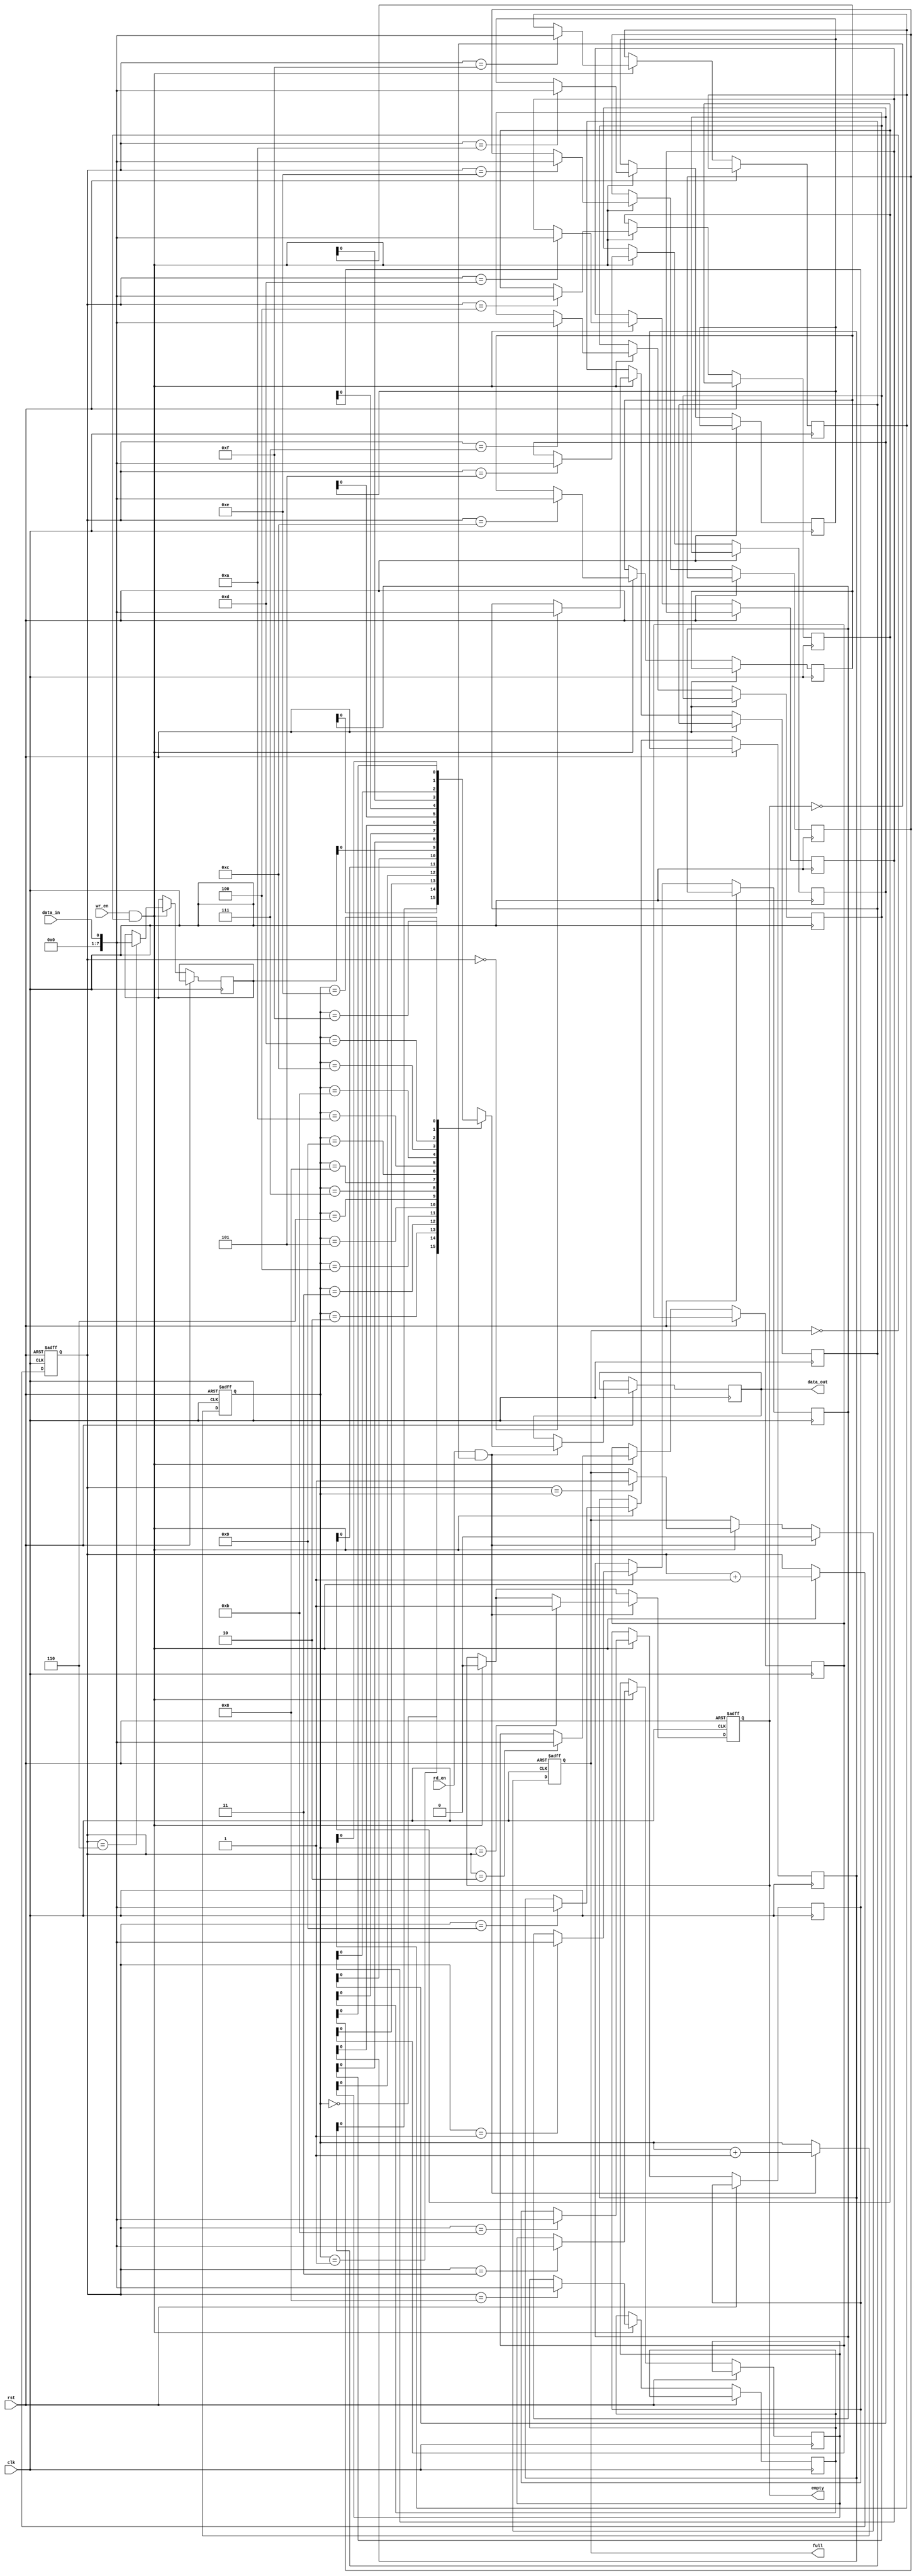
module gray_fifo(
    input wire clk,
    input wire rst,
    input wire wr_en,
    input wire rd_en,
    input wire data_in,
    output reg data_out,
    output reg full,
    output reg empty
);

reg [7:0] fifo [0:15]; // Assuming 16 depth FIFO and 8-bit data width
reg [3:0] wr_ptr;
reg [3:0] rd_ptr;

always @(posedge clk or posedge rst) begin
    if(rst) begin
        wr_ptr <= 4'b0000;
        rd_ptr <= 4'b0000;
        full <= 1'b0;
        empty <= 1'b1;
    end else begin
        if(wr_en && !full) begin
            fifo[wr_ptr] <= data_in;
            wr_ptr <= wr_ptr + 4'b0001;
            if(wr_ptr == rd_ptr)
                full <= 1'b1;
            empty <= 1'b0;
        end
        if(rd_en && !empty) begin
            data_out <= fifo[rd_ptr];
            rd_ptr <= rd_ptr + 4'b0001;
            if(rd_ptr == wr_ptr)
                empty <= 1'b1;
            full <= 1'b0;
        end
    end
end

endmodule